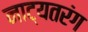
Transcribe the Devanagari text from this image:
नाट्यतरंग